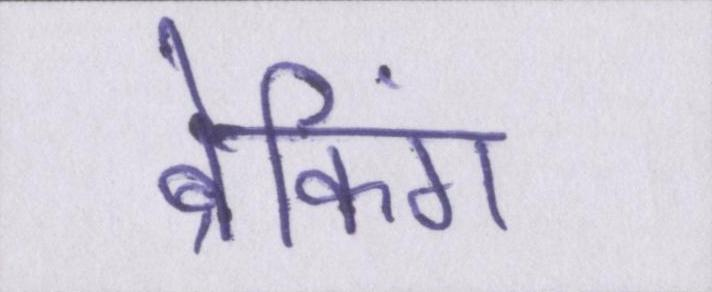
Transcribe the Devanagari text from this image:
ब्रेकिंग